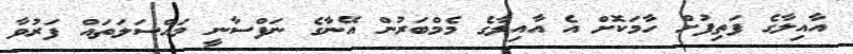
އާއިލާގެ ފަތިފުށް ހާމަކޮށް އެ އާއިލާގެ މެމްބަރުން އޭނާގެ ނަފްސާނީ މައްސަލަތައް ފަރުވާ